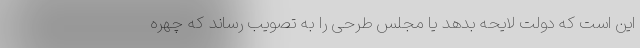
این است که دولت لایحه بدهد یا مجلس طرحی را به تصویب رساند که چهره